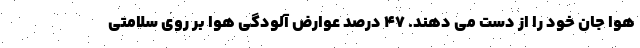
هوا جان خود را از دست می دهند. ۴۷ درصد عوارض آلودگی هوا بر روی سلامتی